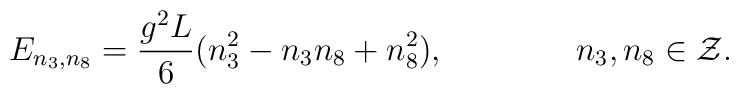
E_{n_3,n_8}= {g^2 L\over 6} (n_3^2-n_3n_8+n_8^2),\qquad\qquad n_3,n_8\in{\cal Z}.